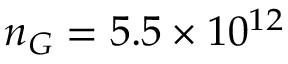
n _ { G } = 5 . 5 \times 1 0 ^ { 1 2 }